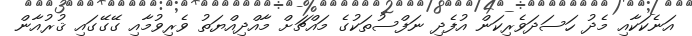
އަނެކަކާއި މެދު ހަސަދަވެރިކަން އުފެދި ނަފްސުތަކުގެ މައްޗަށް މާއްދިއްޔަތު ވެރިވުމާއި ގޭގޭގައި ޤުރުއާން